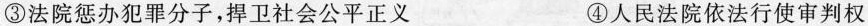
③法院惩办犯罪分子，捍卫社会公平正义 ④人民法院依法行使审判权